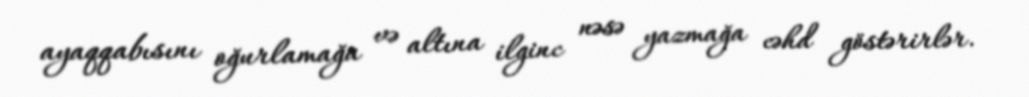
ayaqqabısını oğurlamağa və altına ilginc nəsə yazmağa cəhd göstərirlər.